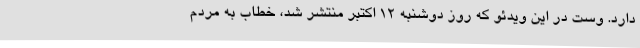
دارد. وست در این ویدئو که روز دوشنبه 12 اکتبر منتشر شد، خطاب به مردم